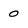
Character: 0